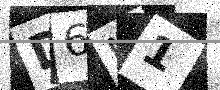
Text: D6N1